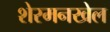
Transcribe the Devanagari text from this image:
शेरमनखेल